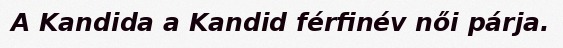
A Kandida a Kandid férfinév női párja.